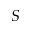
S